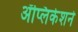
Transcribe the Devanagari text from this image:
ॲप्लिकेशने